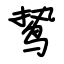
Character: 鸷